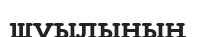
шуылының